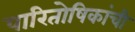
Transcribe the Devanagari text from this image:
पारितोषिकांची